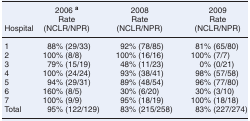
<table><thead><tr><td></td><td><b>2006 <sup>a</sup></b></td><td><b>2008</b></td><td><b>2009</b></td></tr><tr><td></td><td><b>Rate</b></td><td><b>Rate</b></td><td><b>Rate</b></td></tr><tr><td><b>Hospital</b></td><td><b>(NCLR/NPR)</b></td><td><b>(NCLR/NPR)</b></td><td><b>(NCLR/NPR)</b></td></tr></thead><tbody><tr><td>1</td><td>88% (29/33)</td><td>92% (78/85)</td><td>81% (65/80)</td></tr><tr><td>2</td><td>100% (8/8)</td><td>100% (16/16)</td><td>100% (7/7)</td></tr><tr><td>3</td><td>79% (15/19)</td><td>48% (11/23)</td><td>0% (0/21)</td></tr><tr><td>4</td><td>100% (24/24)</td><td>93% (38/41)</td><td>98% (57/58)</td></tr><tr><td>5</td><td>94% (29/31)</td><td>89% (48/54)</td><td>96% (77/80)</td></tr><tr><td>6</td><td>160% (8/5)</td><td>30% (6/20)</td><td>30% (3/10)</td></tr><tr><td>7</td><td>100% (9/9)</td><td>95% (18/19)</td><td>100% (18/18)</td></tr><tr><td>Total</td><td>95% (122/129)</td><td>83% (215/258)</td><td>83% (227/274)</td></tr></tbody></table>